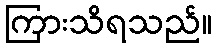
ကြားသိရသည်။